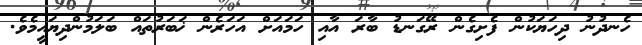
ހެނދުނު ދިހަޔަކުން ފެށިގެން ރޭގަނޑު ބާރަ އާއި ހަމައަށް އަހަރެން ޚަބަރުތައް ބަލަމުންދިޔައީމެވެ.